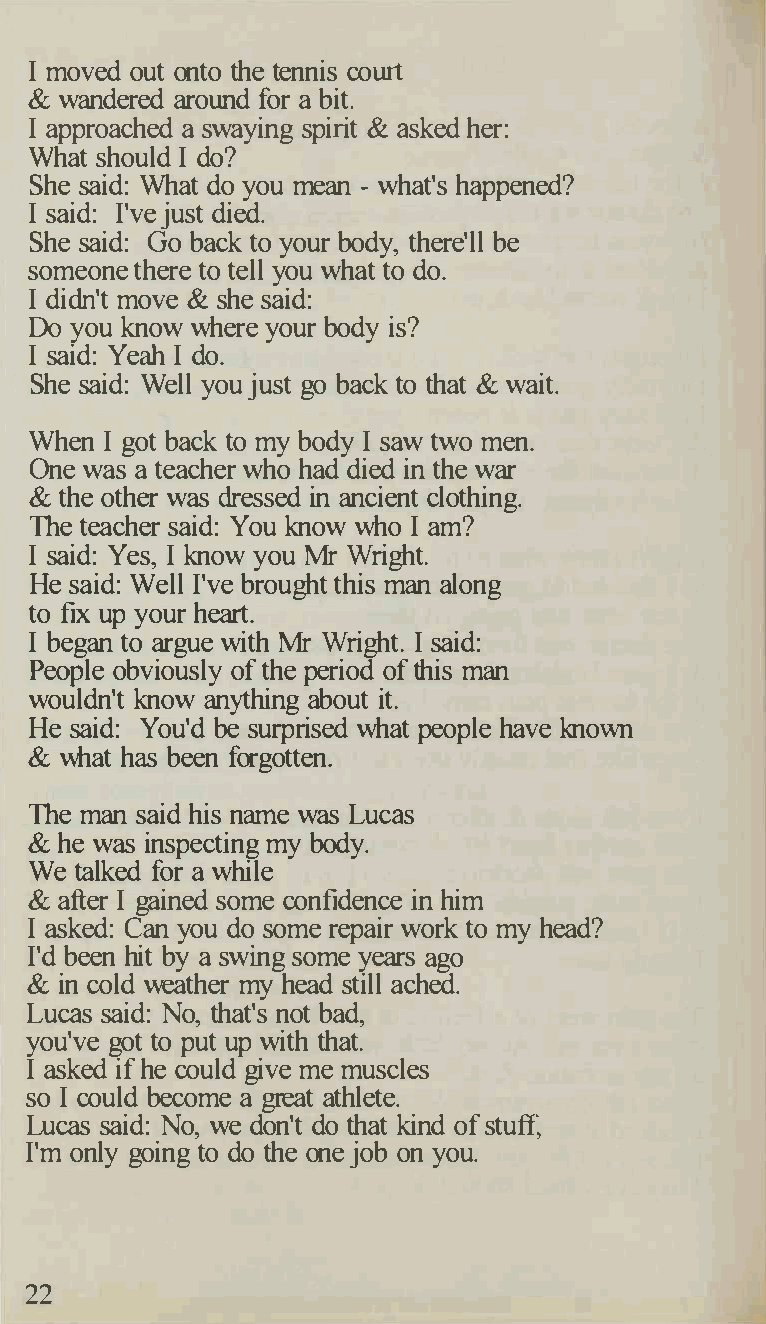
I moved out onto the tennis court
 & wandered around for a bit.
 I approached a swaying spirit & asked her:
 What should I do?
 She said: What do you mean - what's happened?
 I said: I've just died.
 She said: Go back to your body, there'll be
 someone there to tell you what to do.
 I didn't move & she said:
 Do you know where your body is?
 I said: Yeah I do.
 She said: Well you just go back to that & wait.
 When I got back to my body I saw two men.
 One was a teacher who had died in the war
 & the other was dressed in ancient clothing.
 The teacher said: You know who I am?
 I said: Yes, I know you Mr Wright.
 He said: Well I've brought this man along
 to fix up your heart.
 I began to argue with Mr Wright. I said:
 People obviously of the period of this man
 wouldn't know anything about it.
 He said: You'd be surprised what people have known
 & what has been forgotten.
 The man said his name was Lucas
 & he was inspecting my body.
 We talked for a while
 & after I gained some confidence in him
 I asked: Can you do some repair work to my head?
 I'd been hit by a swing some years ago
 & in cold weather my head still ached.
 Lucas said: No, that's not bad,
 you've got to put up with that.
 I asked if he could give me muscles
 so I could become a great athlete.
 Lucas said: No, we don't do that kind of stuff,
 I'm only going to do the one job on you.
 22